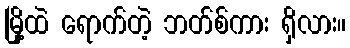
မြို့ထဲ ရောက်တဲ့ ဘတ်စ်ကား ရှိလား။